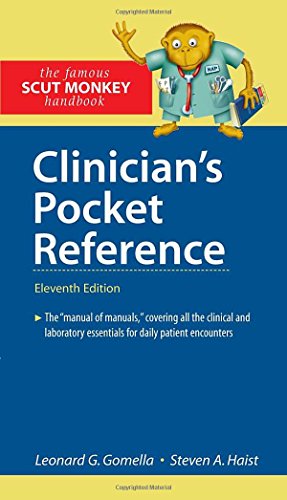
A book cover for Clinician's Pocket Reference, 11th Edition; Leonard Gomella; Medical Books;